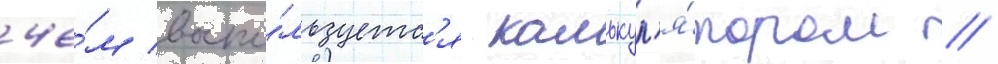
че́м воспо́льзуетс'я калькул'я́тором //